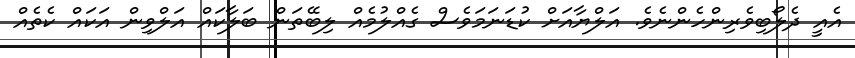
އެއީ ދެލޯބިވެރިންހެންނެވެ. އަލްޔާއަށް ކުޑަނަމަވެސް ގެއްލުމެއް ލިބޭތަން ބަލާކައް އަލްވިން އަކައް ކެތެއް